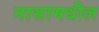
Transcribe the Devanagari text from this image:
नासामधील